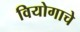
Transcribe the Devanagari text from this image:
वियोगाचे